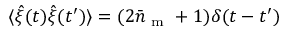
\langle \hat { \xi } ( t ) \hat { \xi } ( t ^ { \prime } ) \rangle = ( 2 \bar { n } _ { \mathrm { ~ m ~ } } + 1 ) \delta ( t - t ^ { \prime } )